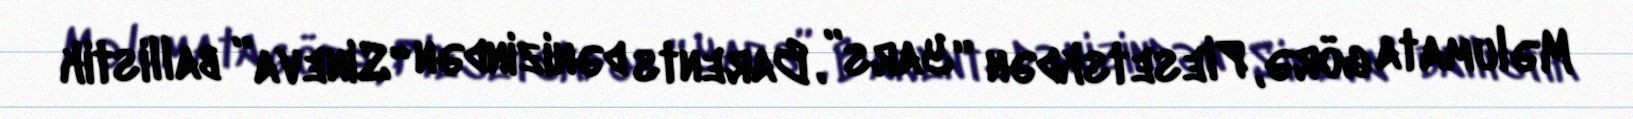
Məlumata görə, Plesetskdən “Yars”, Barents dənizindən “Sineva” ballistik